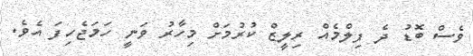
ވެސް ބޮޑު ދެ ފިލްމެއް ރިލީޒް ކުރުމަށް މިހާރު ވަނީ ހަމަޖެހިފަ އެވެ.